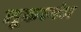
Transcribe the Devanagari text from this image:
लूकरगंज